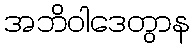
အဘိဝါဒေတွာန